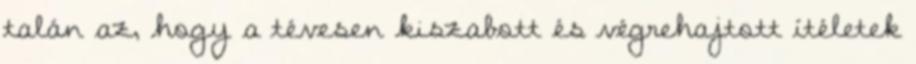
talán az, hogy a tévesen kiszabott és végrehajtott ítéletek